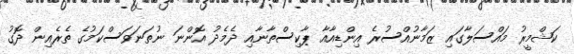
ކަޝްމީރު މައްސަލާގައި ޒަމާނުއްސުރެ އިންޑިއާއާ ޕާކިސްތާނާއި ދެމެދު އޮންނަ ނުތަނަވަސްކަމުގެ ތެރެއިން ދޮގު